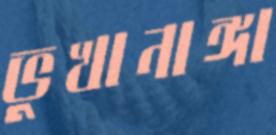
ভুখানাঙ্গা